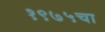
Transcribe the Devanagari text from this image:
१९७५चा